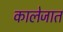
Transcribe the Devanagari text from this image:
कालेजात